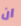
ان